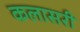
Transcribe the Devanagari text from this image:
कलासरी